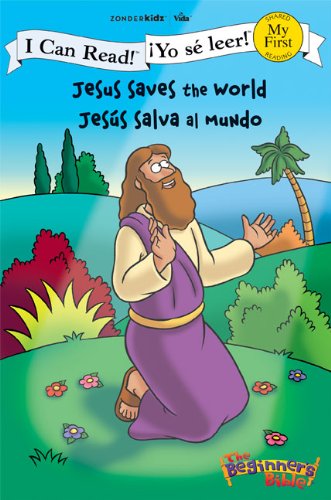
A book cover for Jesus Saves the World / JesÃºs salva al mundo (I Can Read! / The Beginner's Bible / Â¡Yo sÃ© leer!); Zondervan; Christian Books & Bibles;